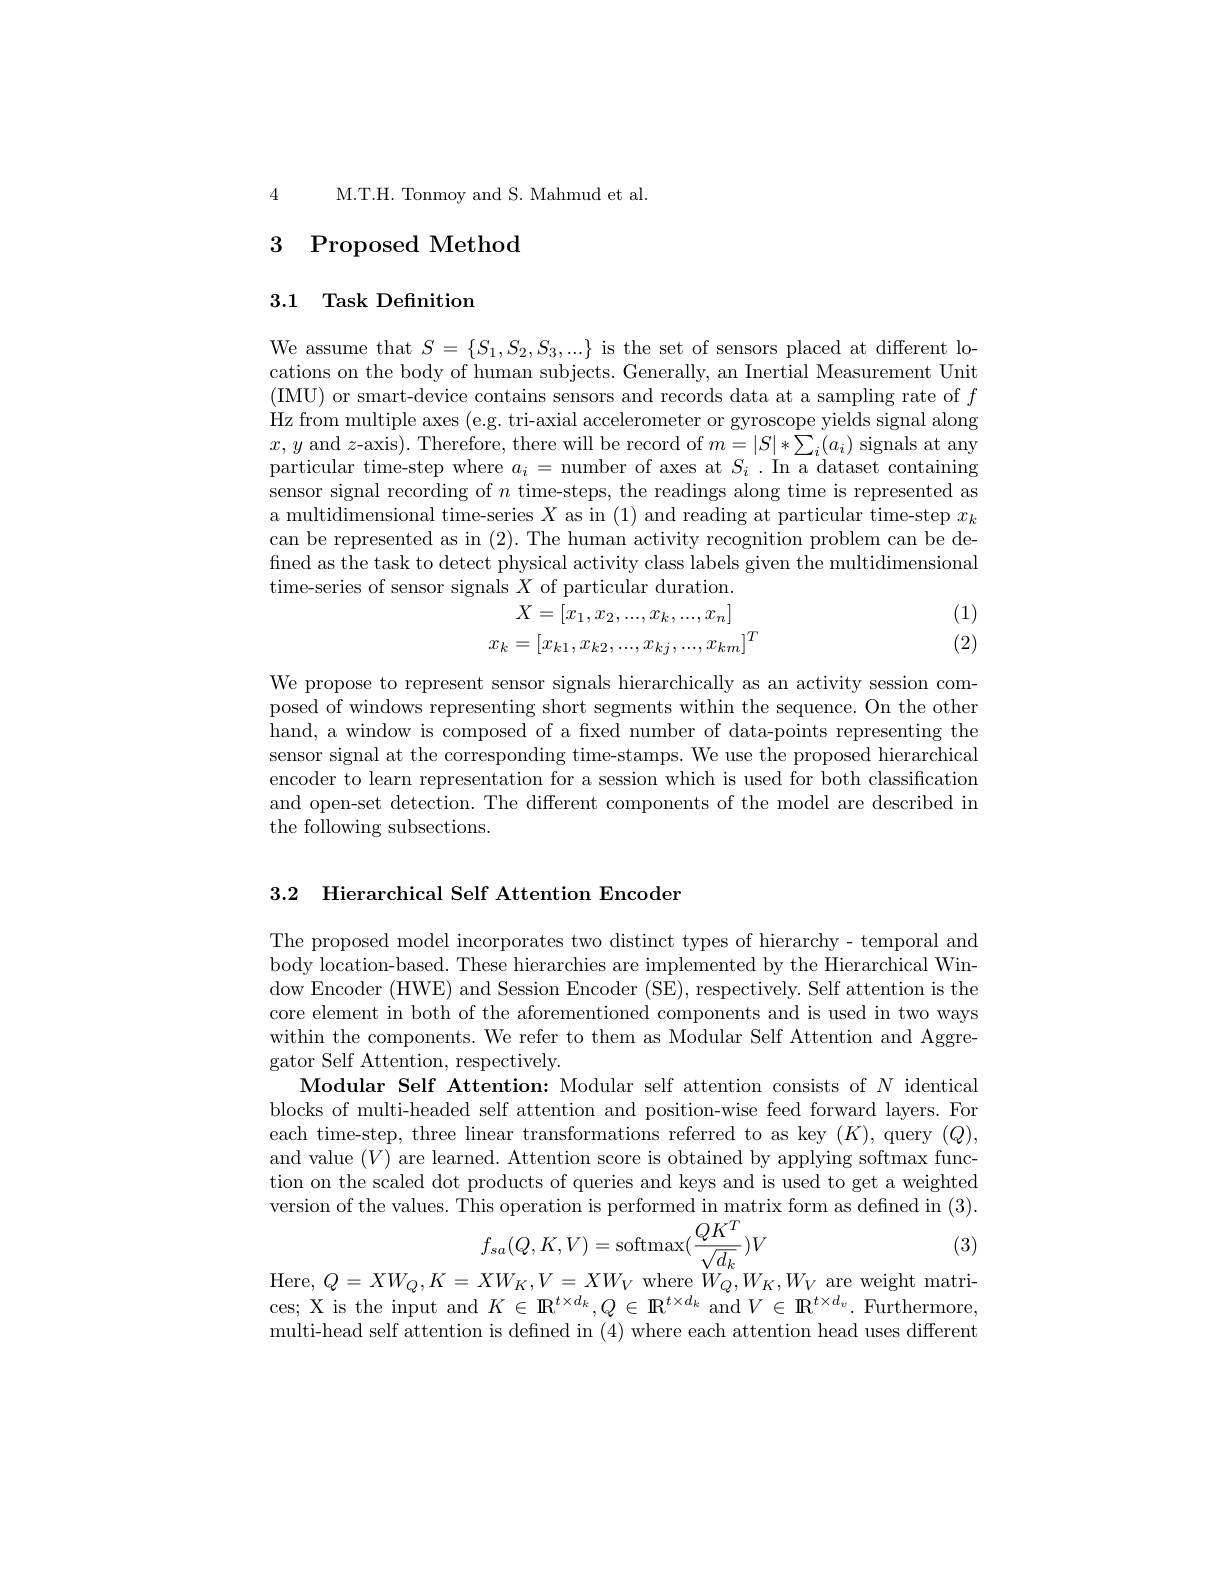
4 M.T.H. Tonmoy and S. Mahmud et al.

# 3 Proposed Method

## 3.1 Task Definition

We assume that $S=\{S_{1},S_{2},S_{3},...\}$ is the set of sensors placed at different locations on the body of human subjects. Generally, an Inertial Measurement Unit (IMU) or smart-device contains sensors and records data at a sampling rate of $f$ Hz from multiple axes (e.g. tri-axial accelerometer or gyroscope yields signal along $x,y$ and $z$-axis). Therefore, there will be record of $m=|S|*\sum_i(a_i)$ signals at any particular time-step where $a_i=$ number of axes at $S_i.$ In a dataset containing sensor signal recording of $n$ time-steps, the readings along time is represented as a multidimensional time-series $X$ as in (1) and reading at particular time-step $x_k$ can be represented as in (2). The human activity recognition problem can be defined as the task to detect physical activity class labels given the multidimensional time-series of sensor signals $X$ of particular duration.
(1)
$$X=[x_{1},x_{2},...,x_{k},...,x_{n}]\\x_{k}=[x_{k1},x_{k2},...,x_{kj},...,x_{km}]^{T}$$
(2)

We propose to represent sensor signals hierarchically as an activity session composed of windows representing short segments within the sequence. On the other hand, a window is composed of a fixed number of data-points representing the sensor signal at the corresponding time-stamps. We use the proposed hierarchical encoder to learn representation for a session which is used for both classification and open-set detection. The different components of the model are described in the following subsections.

3.2 Hierarchical Self Attention Encoder

The proposed model incorporates two distinct types of hierarchy- temporal and body location-based. These hierarchies are implemented by the Hierarchical Window Encoder ( HWE) and Session Encoder ( SE) , respectively. Self attention is the core element in both of the aforementioned components and is used in two ways within the components. We refer to them as Modular Self Attention and Aggregator Self Attention, respectively.
Modular Self Attention: Modular self attention consists of $N$ identical blocks of multi-headed self attention and position-wise feed forward layers. For each time-step, three linear transformations referred to as key $(K)$,query $(Q)$, and value $(V)$ are learned. Attention score is obtained by applying softmax function on the scaled dot products of queries and keys and is used to get a weighted version of the values. This operation is performed in matrix form as defined in (3).
$$f_{sa}(Q,K,V)=\mathrm{softmax}(\frac{QK^{T}}{\sqrt{d_{k}}})V$$
(3)

Here, $Q=XW_Q,K=XW_K,V=XW_V$ where $\dot{W}_Q,W_K,W_V$ are weight matri-

ces; X is the input and $K\in\mathbb{R}^{t\times d_{k}},Q\in\mathbb{R}^{t\times d_{k}}$ and $V\in\mathbb{R}^{t\times d_{v}}.$ Furthermore multi-head self attention is defined in (4) where each attention head uses different